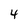
Character: 4